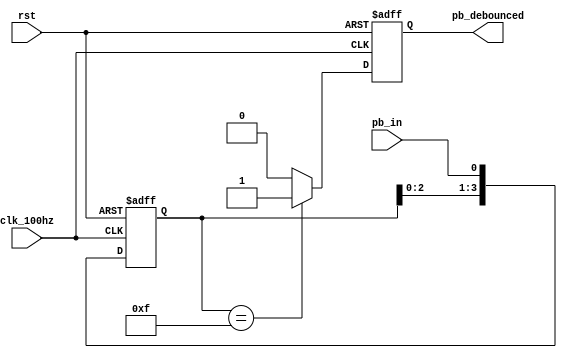
`timescale 1ns / 1ps
//////////////////////////////////////////////////////////////////////////////////
// Company: 
// Engineer: 
// 
// Design Name: 
// Module Name: debounce
// Project Name: 
// Target Devices: 
// Tool Versions: 
// Description: 
// 
// Dependencies: 
// 
// Revision:
// Revision 0.01 - File Created
// Additional Comments:
// 
//////////////////////////////////////////////////////////////////////////////////


module debounce(clk_100hz, rst, pb_in, pb_debounced);
    input clk_100hz, rst, pb_in;
    output pb_debounced;
    
    reg [3:0] debounce_window;
    reg pb_debounced_next, pb_debounced;
    
    always @(posedge clk_100hz or negedge rst) begin
        if(~rst) begin
            debounce_window <= 4'b0000;
        end
        else begin
            debounce_window <= {debounce_window [2:0], pb_in};
        end
    end
    
    always @(posedge clk_100hz or negedge rst) begin
        if(~rst) begin
            pb_debounced <= 1'b0;
        end
        else begin
            pb_debounced <= pb_debounced_next;
        end
    end
    
    always @* begin
        if(debounce_window == 4'b1111) begin
            pb_debounced_next = 1'b1;
        end
        else begin
            pb_debounced_next = 1'b0;
        end
    end
endmodule